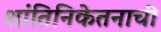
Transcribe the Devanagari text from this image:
शांतिनिकेतनाची